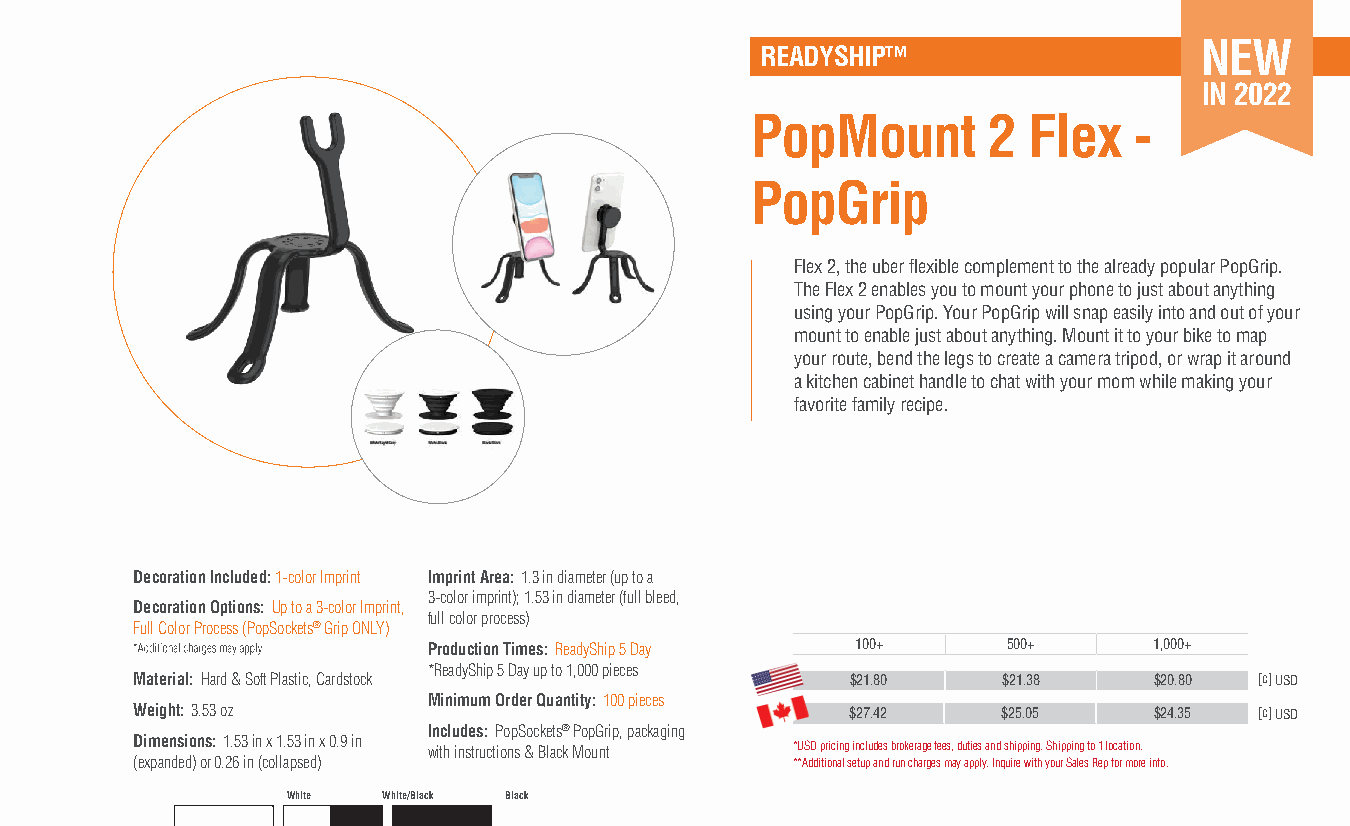
NEW
 READYSHIP™
 IN 2022
 PopMount       2  Flex   -
 PopGrip
 Flex 2, the uber flexible complement to the already popular PopGrip.
 The Flex 2 enables you to mount your phone to just about anything
 using your PopGrip. Your PopGrip will snap easily into and out of your
 mount to enable just about anything. Mount it to your bike to map
 your route, bend the legs to create a camera tripod, or wrap it around
 a kitchen cabinet handle to chat with your mom while making your
 favorite family recipe.
 Decoration Included: 1-color Imprint Imprint Area: 1.3 in diameter (up to a
 3-color imprint); 1.53 in diameter (full bleed,
 Decoration Options: Up to a 3-color Imprint,
 full color process)
 Full Color Process (PopSockets® Grip ONLY)
 Production Times: ReadyShip 5 Day 100+ 500+     1,000+
 *ReadyShip 5 Day up to 1,000 pieces
 Material: Hard & Soft Plastic, Cardstock       $21.80    $21.38    $20.80 [c] USD
 Minimum Order Quantity: 100 pieces
 Weight: 3.53 oz                                $27.42    $25.05    $24.35 [c] USD
 Includes: PopSockets® PopGrip, packaging
 Dimensions: 1.53 in x 1.53 in x 0.9 in
 with instructions & Black Mount *USD pricing includes brokerage fees, duties and shipping. Shipping to 1 location.
 (expanded) or 0.26 in (collapsed)          **Additional setup and run charges may apply. Inquire with your Sales Rep for more info.
 White White/Black Black